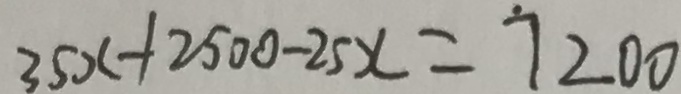
3 5 x + 2 5 0 0 - 2 5 x = 7 2 0 0